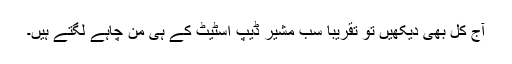
آج کل بھی دیکھیں تو تقریباً سب مشیر ڈیپ اسٹیٹ کے ہی من چاہے لگتے ہیں۔